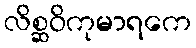
လိစ္ဆဝိကုမာရကေ